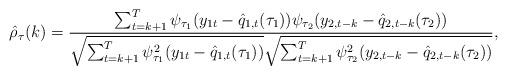
LaTeX: \begin{align*}\hat{\rho}_{\tau}(k)=\frac{\sum_{t=k+1}^{T}\psi_{\tau_{1}}(y_{1t}-\hat{q}_{1,t}(\tau_{1}))\psi_{\tau_{2}}(y_{2,t-k}-\hat{q}_{2,t-k}(\tau_{2}))}{\sqrt{\sum_{t=k+1}^{T}\psi_{\tau_{1}}^{2}(y_{1t}-\hat{q}_{1,t}(\tau_{1}))}\sqrt{\sum_{t=k+1}^{T}\psi_{\tau_{2}}^{2}(y_{2,t-k}-\hat{q}_{2,t-k}(\tau_{2}))}}, \end{align*}